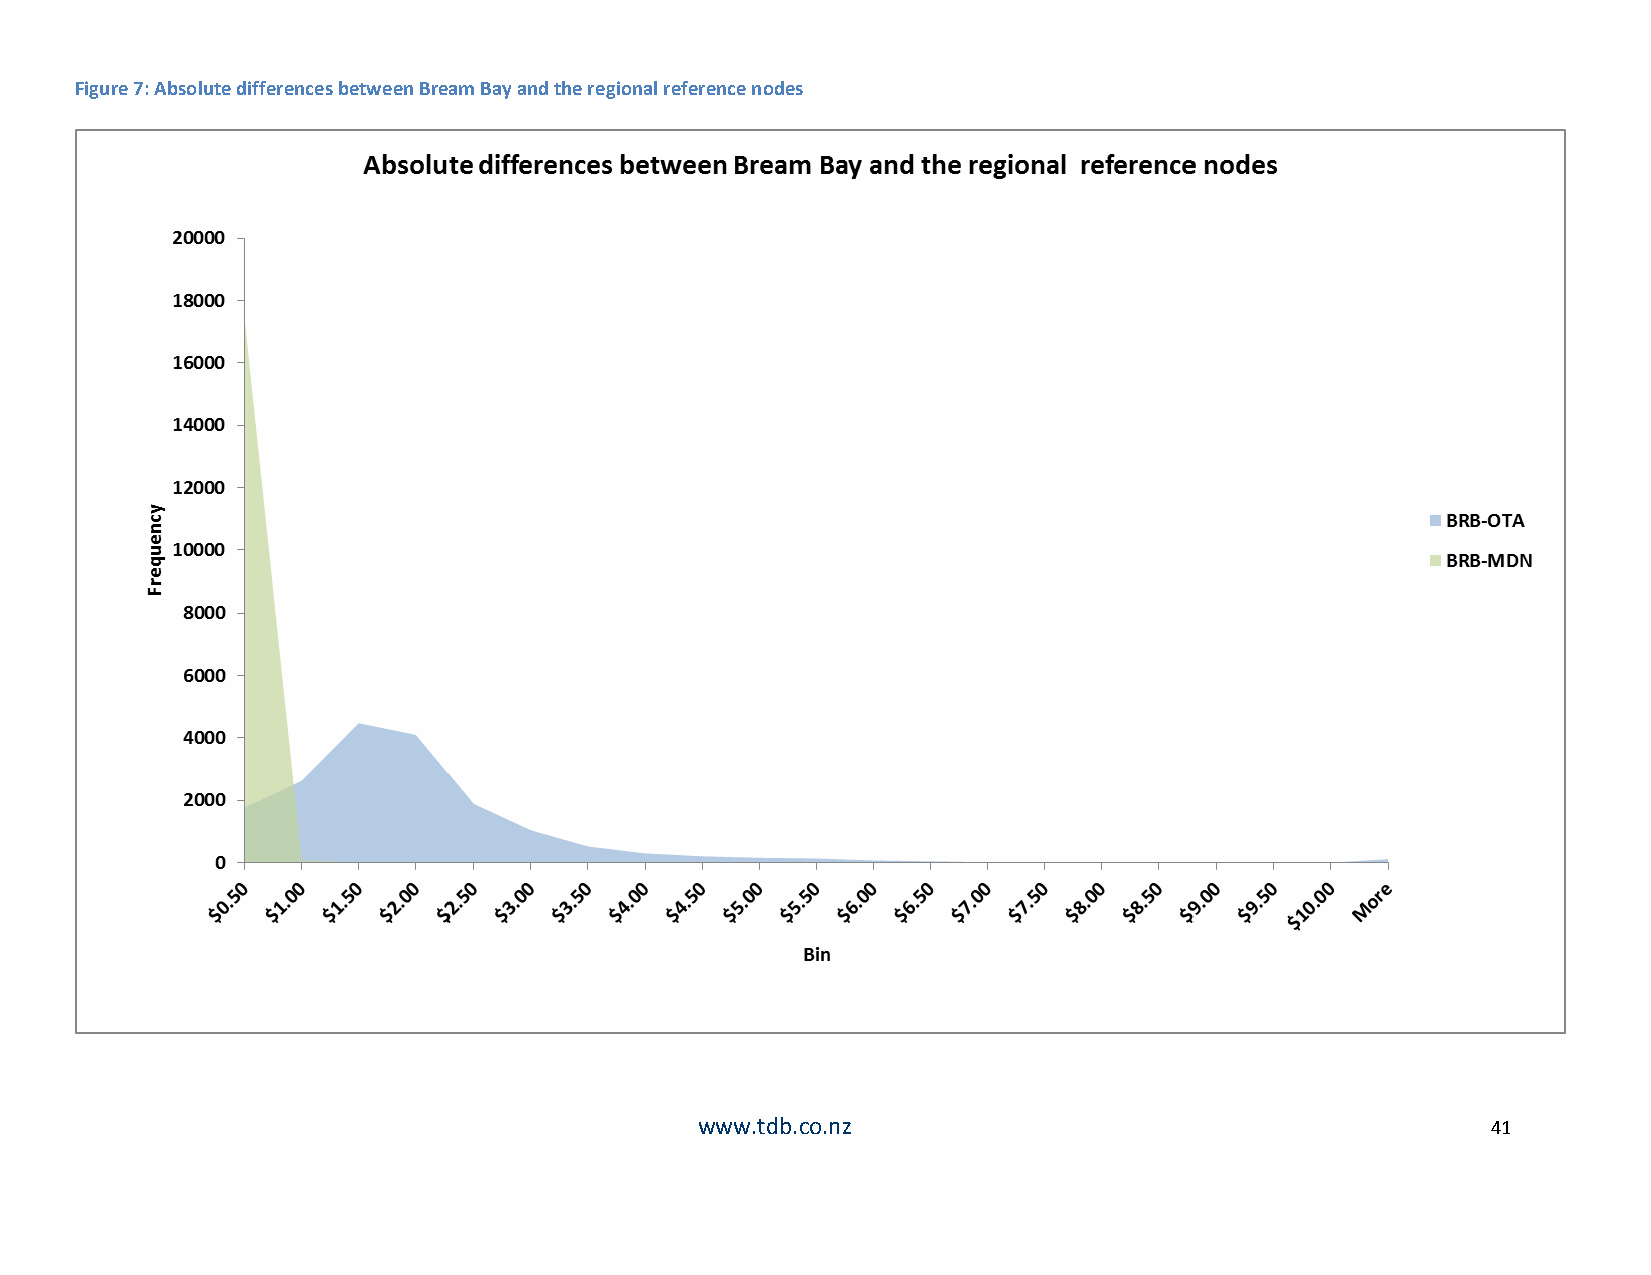
Figure 7: Absolute differences between Bream Bay and the regional reference nodes
 www.tdb.co.nz                                        41